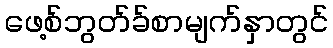
ဖေ့စ်ဘွတ်ခ်စာမျက်နှာတွင်